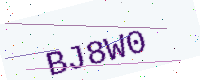
Text: BJ8W0